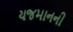
યજમાનની